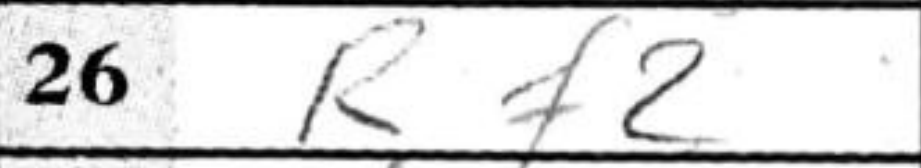
Transcription: Rf2